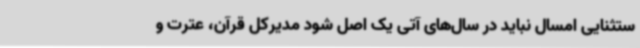
ستثنایی امسال نباید در سال‌های آتی یک اصل شود مدیرکل قرآن، عترت و